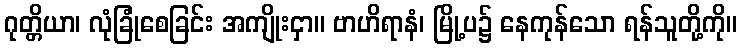
ဂုတ္တိယာ၊ လုံခြုံစေခြင်း အကျိုးငှာ။ ဗာဟိရာနံ၊ မြို့ပ၌ နေကုန်သော ရန်သူတို့ကို။